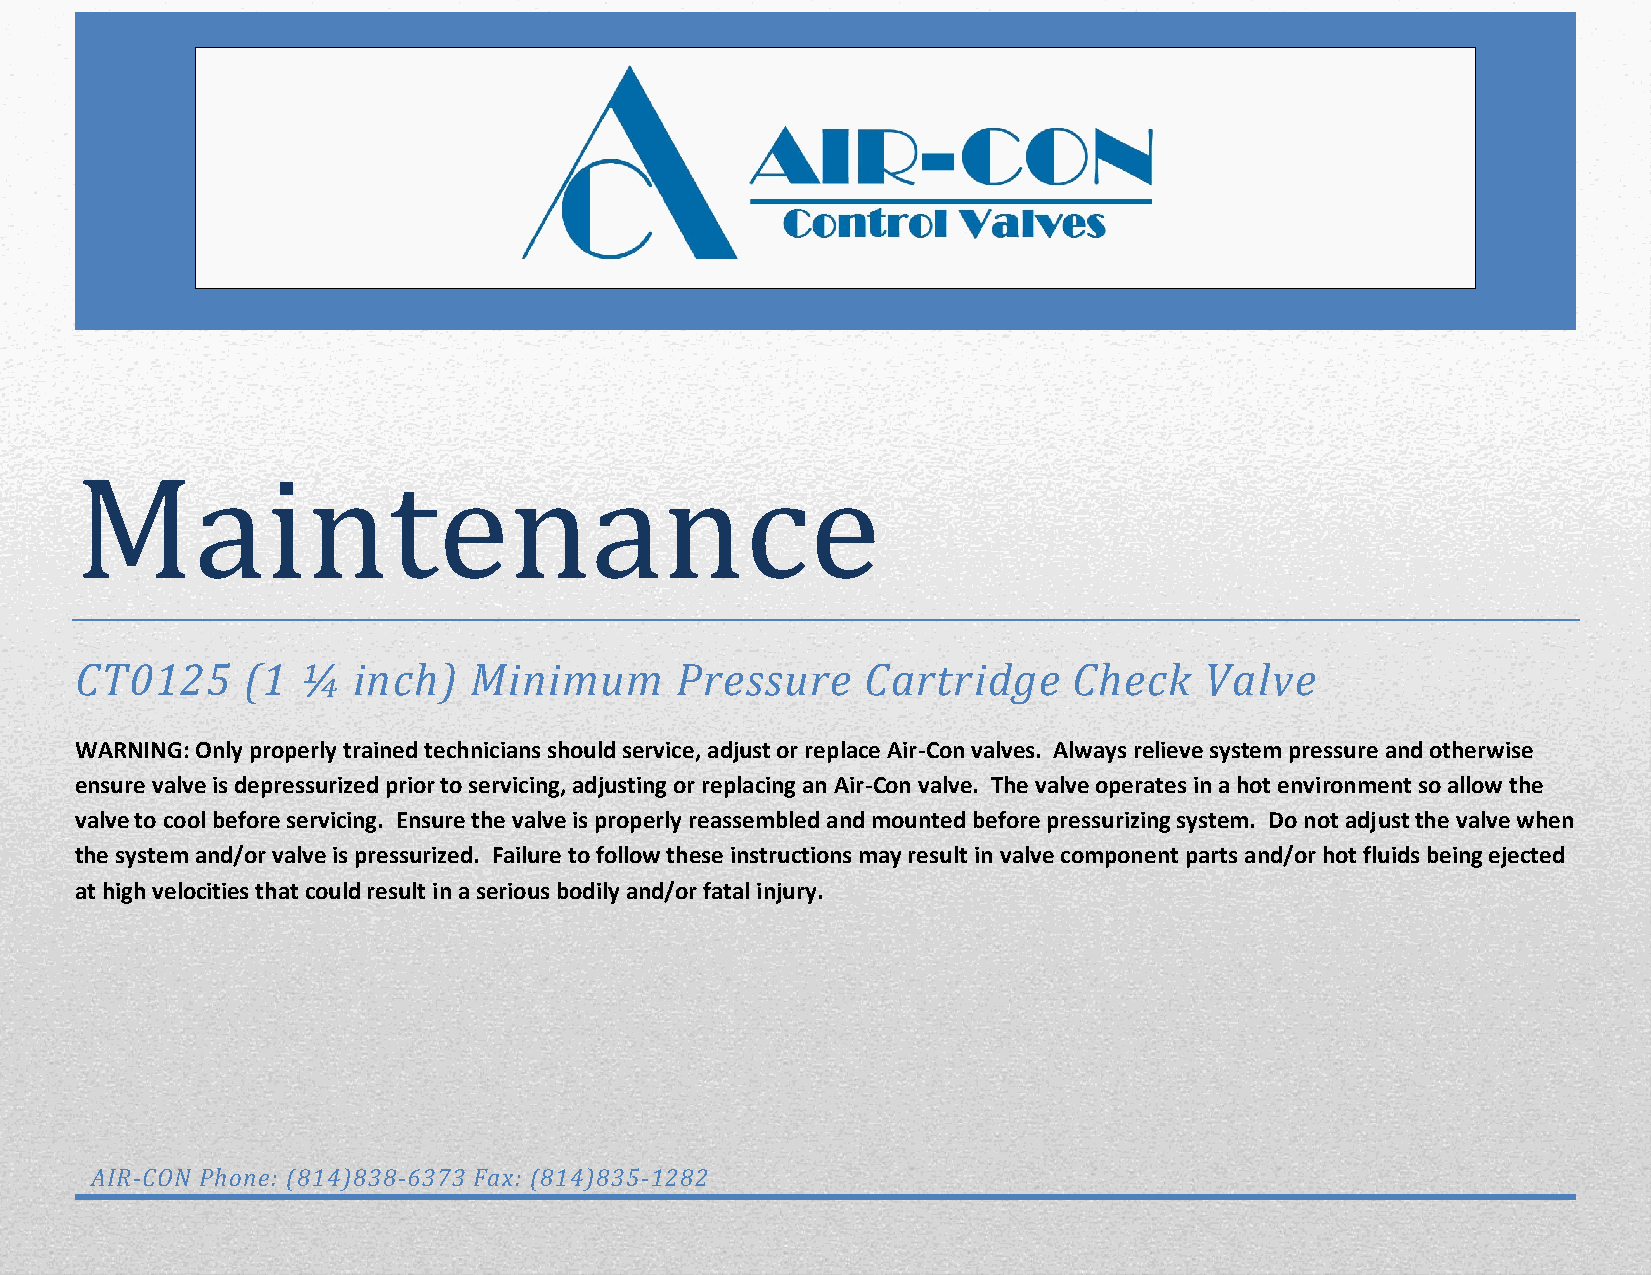
Maintenance
 CT0125     (1  ¼  inch)   Minimum       Pressure    Cartridge     Check    Valve
 WARNING: Only properly trained technicians should service, adjust or replace Air-Con valves. Always relieve system pressure and otherwise
 ensure valve is depressurized prior to servicing, adjusting or replacing an Air-Con valve. The valve operates in a hot environment so allow the
 valve to cool before servicing. Ensure the valve is properly reassembled and mounted before pressurizing system. Do not adjust the valve when
 the system and/or valve is pressurized. Failure to follow these instructions may result in valve component parts and/or hot fluids being ejected
 at high velocities that could result in a serious bodily and/or fatal injury.
 AIR-CON Phone: (814)838-6373 Fax: (814)835-1282